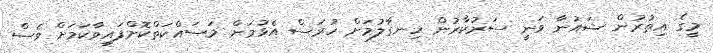
މީގެ އިތުރުން ޝައުނާ ވަނީ ސަރުކާރުން ހިނގާލުމަށް ހުރަސް އެޅުމަށް މަސައްކަތްކޮށްފައިވާކަމަށް ވެސް